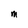
Character: M